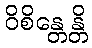
ဝိစိန္တေန္တိ